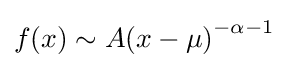
f(x)\sim A{(x-\mu )}^{-\alpha -1}